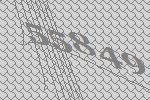
55849